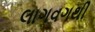
લાગવગથી